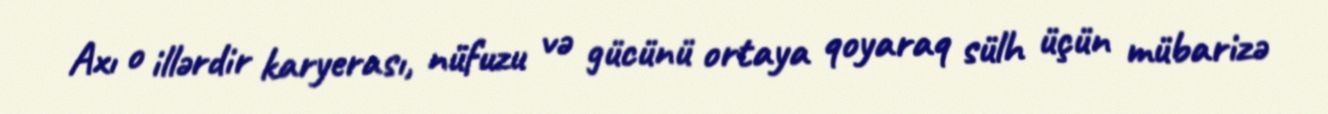
Axı o illərdir karyerası, nüfuzu və gücünü ortaya qoyaraq sülh üçün mübarizə